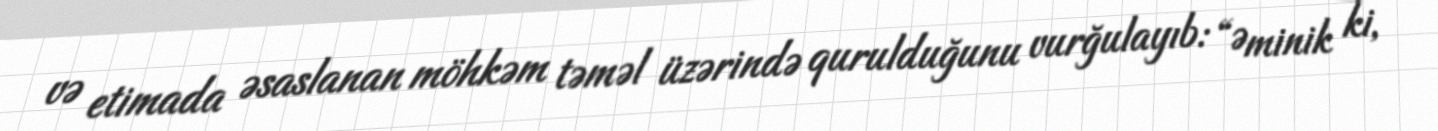
və etimada əsaslanan möhkəm təməl üzərində qurulduğunu vurğulayıb: “Əminik ki,